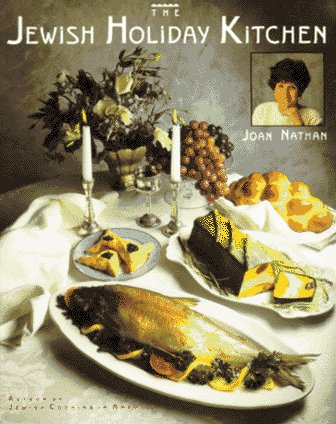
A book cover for Jewish Holiday Kitchen; Joan Nathan; Cookbooks, Food & Wine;